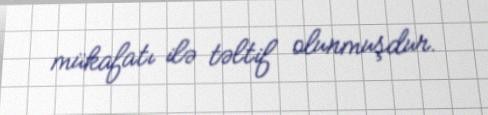
mükafatı ilə təltif olunmuşdur.